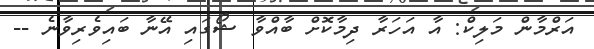
އަރްމާން މަލިކް: އާ އަހަރާ ދިމާކޮށް ބާއްވާ ޝޯގައި އޭނާ ބައިވެރިވާނެ --